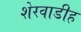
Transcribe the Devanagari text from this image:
शेरवाडीह